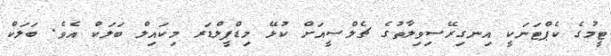
ޓީމުގެ ކެޕްޓަނަކީ އިނގިރޭސިވިލާތުގެ ޗެލްސީއަށް ކުޅޭ މިޑްފީލްޑަރ މިކައިލް ބަލަކް އެވެ. ބަލަކް